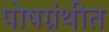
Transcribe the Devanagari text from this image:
पोषग्रंथीत